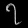
Digit: ၇